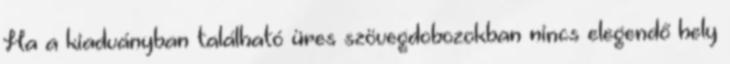
Ha a kiadványban található üres szövegdobozokban nincs elegendő hely